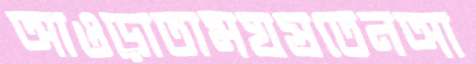
আওড়াতামঘষতেনআ